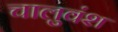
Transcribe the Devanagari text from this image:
चालुवंश